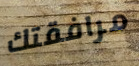
مرافقتك